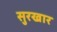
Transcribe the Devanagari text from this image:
सुरखार